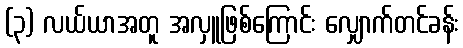
(၃) လယ်ယာအတူ အလှူဖြစ်ကြောင်း လျှောက်တင်ခန်း